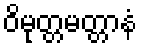
ဝိမုတ္တမတ္တာနံ